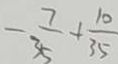
- \frac { 7 } { 3 5 } + \frac { 1 0 } { 3 5 }